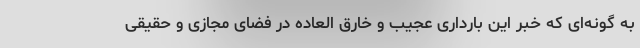
به گونه‌ای که خبر این بارداری عجیب و خارق العاده در فضای مجازی و حقیقی